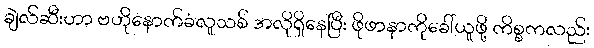
ချဲလ်ဆီးဟာ ဗဟိုနောက်ခံလူသစ် အလိုရှိနေပြီး ဖိုဖာနာကိုခေါ်ယူဖို့ ကိစ္စကလည်း